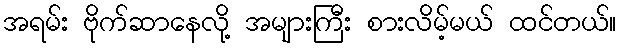
အရမ်း ဗိုက်ဆာနေလို့ အများကြီး စားလိမ့်မယ် ထင်တယ်။